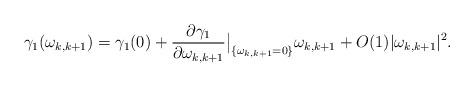
LaTeX: \begin{align*}\gamma_1(\omega_{k,k+1})=\gamma_1(0)+\frac{\partial\gamma_1}{\partial\omega_{k,k+1}}{\big|_{\{\omega_{k,k+1}=0\}}} \omega_{k,k+1}+O(1)|\omega_{k,k+1}|^2.\end{align*}